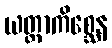
ယတ္ထာကိစ္ဆေန